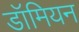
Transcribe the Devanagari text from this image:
डॉमियन